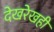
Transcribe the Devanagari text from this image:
देखरेखही